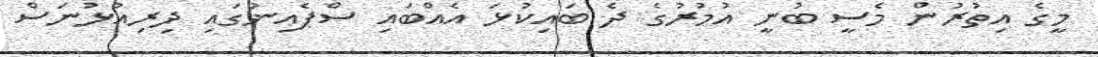
މީގެ އިތުރުން މެސީ ބުނީ އުމުރުގެ ދެ ބައިކުޅަ އެއްބައި ސްޕެއިނުގައި ދިރިއުޅުނަސް